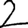
Digit: 2